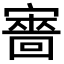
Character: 𡫆